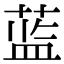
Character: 蓝